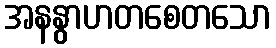
အနနွာဟတစေတသော